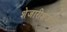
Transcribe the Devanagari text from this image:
शेजारीशेजारी